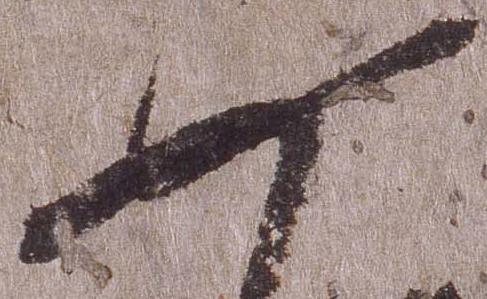
如